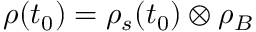
\rho ( t _ { 0 } ) = \rho _ { s } ( t _ { 0 } ) \otimes \rho _ { B }